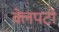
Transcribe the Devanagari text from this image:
क्लेपटो